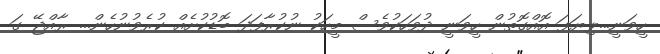
ހީވަނީ...ލިޔަފަ އޮއްގޮތުން ހީވަނީ ދުވަހަކުވެސް މީހަކު ނުކުރާފަދަ ބޮޑުކުށެއް ކުރެވުނުހެން... ރާއްޖޭ ގަ